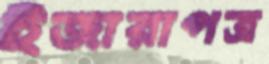
ইজারাপত্র